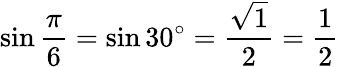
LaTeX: \sin{\frac{\pi}{6}}=\sin 30^{\circ}={\frac{\sqrt{1}}{2}}={\frac{1}{2}}